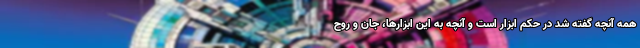
همه آنچه گفته شد در حکم ابزار است و آنچه به این ابزارها، جان و روح